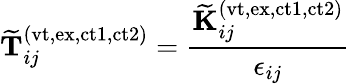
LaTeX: \mathbf{\widetilde{T}}_{ij}^{(\mathrm{vt,ex,ct1,ct2})}=\frac{\mathbf{\widetilde{K}}_{ij}^{(\mathrm{vt,ex,ct1,ct2})}}{\epsilon_{ij}}